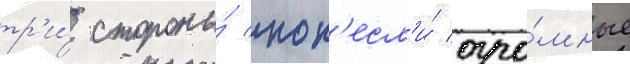
тр'и́ стороны́ пон'есл'и́ огро́мные